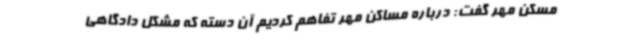
مسکن مهر گفت: درباره مساکن مهر تفاهم کردیم آن دسته که مشکل دادگاهی